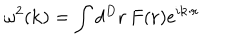
\omega ^ { 2 } ( { \bf k } ) = \int d ^ { D } { \bf r } \, F ( { \bf r } ) e ^ { i { \bf k } \cdot { \bf r } }